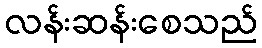
လန်းဆန်းစေသည်